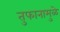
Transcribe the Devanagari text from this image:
तुफानामुळे